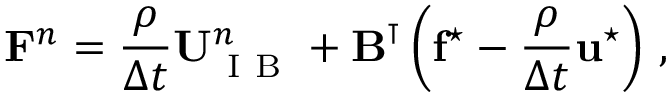
\mathbf { F } ^ { n } = \frac { \rho } { \Delta t } \mathbf { U } _ { \mathrm { ~ I ~ B ~ } } ^ { n } + \mathbf { B } ^ { \intercal } \left( \mathbf { f } ^ { \star } - \frac { \rho } { \Delta t } \mathbf { u } ^ { \star } \right) \, ,